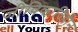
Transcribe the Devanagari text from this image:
जीविकाविहीन